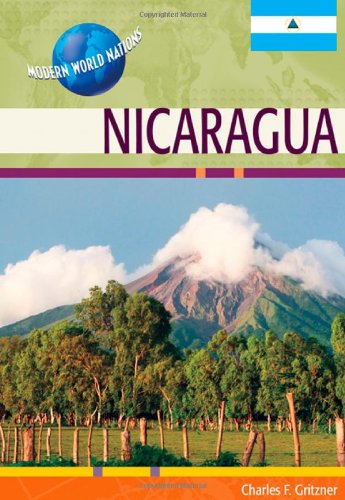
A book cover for Nicaragua (Modern World Nations); Charles F. Gritzner; Children's Books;